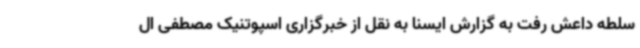
سلطه داعش رفت به گزارش ایسنا به نقل از خبرگزاری اسپوتنیک مصطفی ال